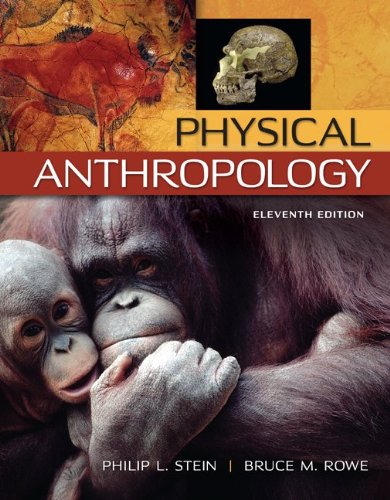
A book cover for Physical Anthropology; Philip Stein; Politics & Social Sciences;